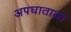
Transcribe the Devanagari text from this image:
अपघाताला